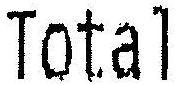
TOTAL